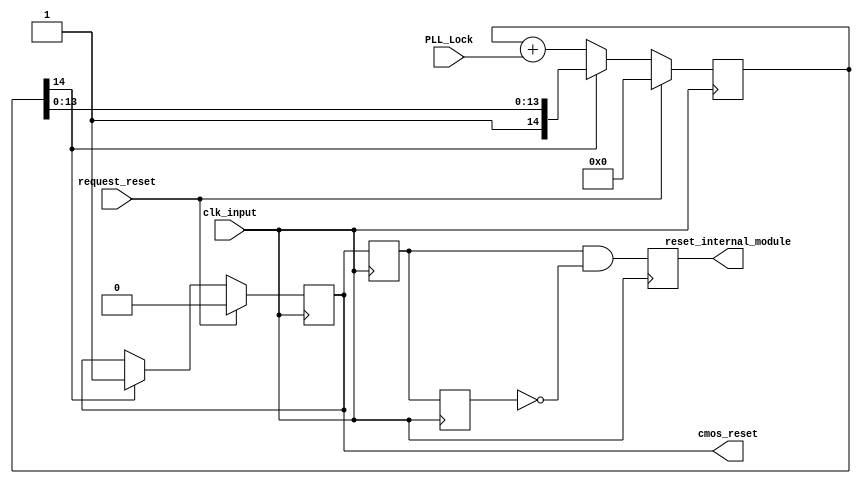
`timescale 1ns / 1ps
//////////////////////////////////////////////////////////////////////////////////
// Company: 
// Engineer: 
// 
// Design Name: 
// Module Name:    CMOS_RESET 
// Project Name: 
// Target Devices: 
// Tool versions: 
// Description: 
//
// Dependencies: 
//
// Revision: 
// Revision 0.01 - File Created
// Additional Comments: 
//
//////////////////////////////////////////////////////////////////////////////////
module CMOS_RESET(
							clk_input,
							cmos_reset,
							request_reset,
							PLL_Lock,
							reset_internal_module
						);
		 input clk_input  ;
		 input request_reset;
		 input PLL_Lock   ;
		 output reset_internal_module;
		 output cmos_reset;
		 
		 reg cmos_reset = 0;
		 reg reset_internal_module = 0;
       reg [14:0]reset_counter;
		 reg reset_flag1;
		 reg reset_flag2;
		 
		 always @ ( posedge clk_input )
			begin
				reset_flag1 <= cmos_reset ;
				reset_flag2 <= reset_flag1;
				reset_internal_module <= (reset_flag1) && (~reset_flag2);
			end
		 
		 always @ ( posedge clk_input )
			begin
				if ( request_reset )
					begin
						cmos_reset    <= 0 ;
						reset_counter <= 0 ;
					end
				else
					if ( reset_counter[14] )
						begin
							cmos_reset <= 1 ;
						end
					else
						begin
							reset_counter <= reset_counter + PLL_Lock ;
						end
			end
		 
		 

endmodule